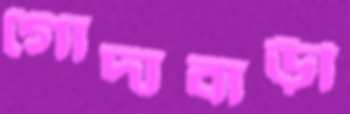
গোদাবাড়ী